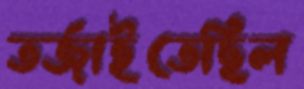
তর্জাইতেছিল